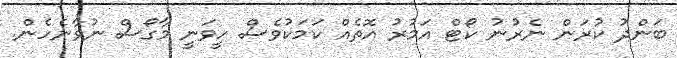
ބަންދު ކުރަން ނެރުނު ކޯޓް އަމުރު އޮތެއް ކަމަކުވެސް ހީވަނީ މާގޯސް ނުވާނެހެން.